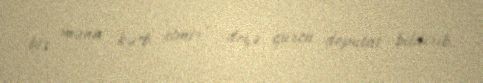
bir məna kəsb etmir”,-deyə gürcü deputat bildirib.